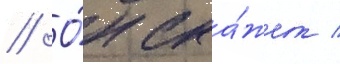
// О́н ска́жет /